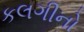
કલગીનો